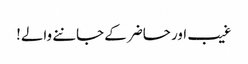
غیب اور حاضر کے جاننے والے!